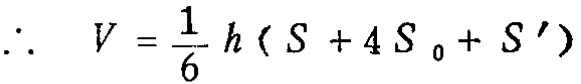
\(\therefore\quad V = \frac{1}{6} h ( S + 4 S _ { 0 }+ S ^ { \prime })\)